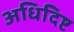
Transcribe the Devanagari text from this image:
अधिदिष्ट